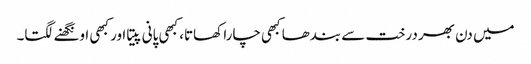
میں دن بھر درخت سے بندھا کبھی چارا کھاتا، کبھی پانی پیتا اور کبھی اونگھنے لگتا۔